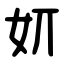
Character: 㚦